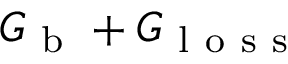
G _ { \mathrm { ~ b ~ } } + G _ { \mathrm { ~ l ~ o ~ s ~ s ~ } }